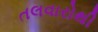
તલવારોથી